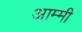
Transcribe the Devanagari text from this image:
आम्मी